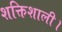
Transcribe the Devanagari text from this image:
शक्तिशाली।